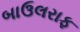
બાઉલરાફ